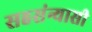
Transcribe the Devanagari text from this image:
सहसंन्यासी